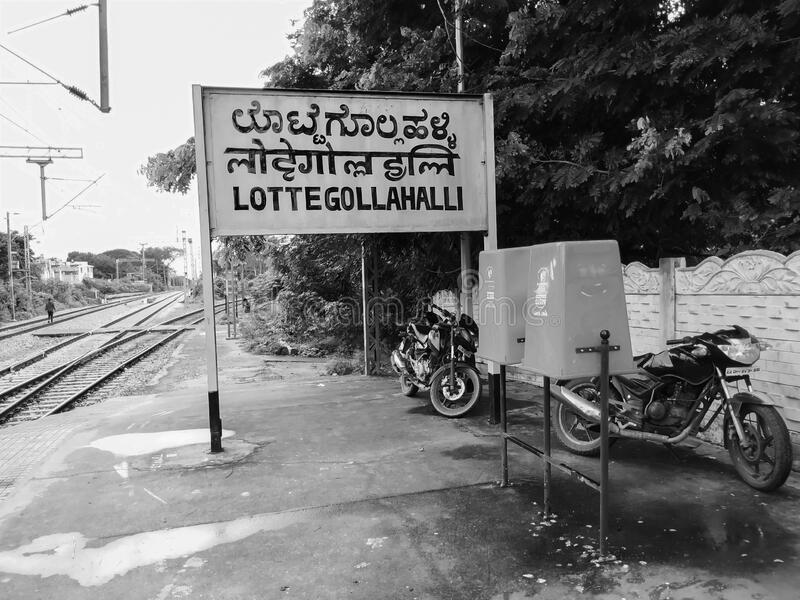
Language: kannada
Transcription: ಲೊಟ್ಟೆ ಗೊಲ್ಲಹಳ್ಳಿ